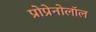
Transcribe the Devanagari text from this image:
प्रोप्रेनोलॉल